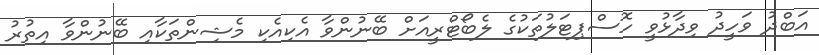
އަބްދު ވަހީދު ވިދާޅުވީ ހޮސްޕިޓަލުތަކުގެ ލެބޯޓްރީއަށް ބޭނުންވާ އެކިއެކި މެޝިންތަކާއި ބޭނުންވާ އިތުރު